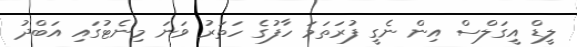
ލީޑް އީގަލްސް އިން ނެގީ ފުރަތަމަ ހާފުގެ ހަތަރު ވަނަ މިނެޓުގައި އަބްދު